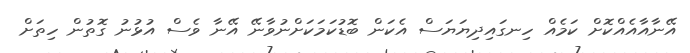
އޭނާއާއެއްކޮށް ކަމެއް ހިނގައިދިޔަޔަސް އެކަން ބޮޑުކަމަކަށްނުވާނޭ އޭނާ ވެސް އުޅުނު ގޮތުން ހިތަށް